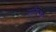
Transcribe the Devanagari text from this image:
अनिश्यित